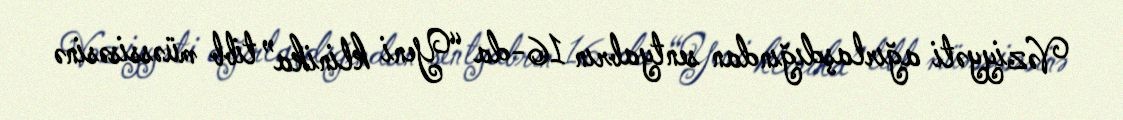
Vəziyyəti ağırlaşdığından sentyabrın 16-da “Yeni klinika” tibb müəssisəsinə